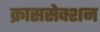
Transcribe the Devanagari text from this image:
क्राससेक्शन